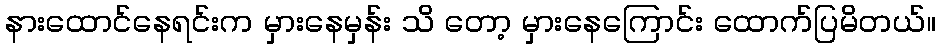
နားထောင်နေရင်းက မှားနေမှန်း သိ တော့ မှားနေကြောင်း ထောက်ပြမိတယ်။